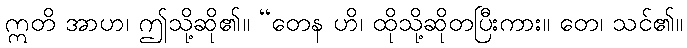
ဣတိ အာဟ၊ ဤသို့ဆို၏။ “တေန ဟိ၊ ထိုသို့ဆိုတပြီးကား။ တေ၊ သင်၏။